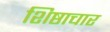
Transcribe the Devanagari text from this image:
शिष्ठाचार